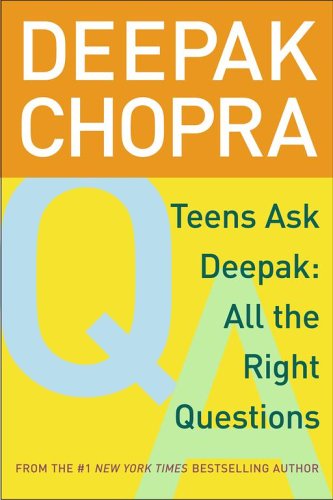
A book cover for Teens Ask Deepak: All the Right Questions; Deepak Chopra; Teen & Young Adult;